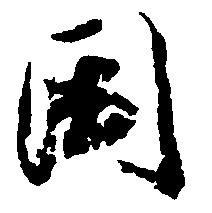
国